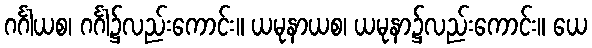
ဂင်္ဂါယစ၊ ဂင်္ဂါ၌လည်းကောင်း။ ယမုနာယစ၊ ယမုနာ၌လည်းကောင်း။ ယေ